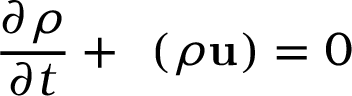
\frac { \partial \rho } { \partial t } + \mathbf { \nabla } \left( \rho \mathbf { u } \right) = 0